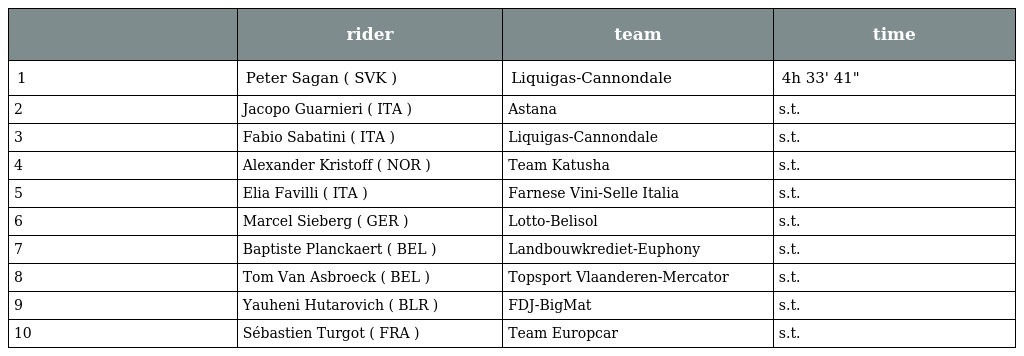
|  | rider | team | time |
 | --- | --- | --- | --- |
 | 1 | Peter Sagan ( SVK ) | Liquigas-Cannondale | 4h 33' 41" |
 | 2 | Jacopo Guarnieri ( ITA ) | Astana | s.t. |
 | 3 | Fabio Sabatini ( ITA ) | Liquigas-Cannondale | s.t. |
 | 4 | Alexander Kristoff ( NOR ) | Team Katusha | s.t. |
 | 5 | Elia Favilli ( ITA ) | Farnese Vini-Selle Italia | s.t. |
 | 6 | Marcel Sieberg ( GER ) | Lotto-Belisol | s.t. |
 | 7 | Baptiste Planckaert ( BEL ) | Landbouwkrediet-Euphony | s.t. |
 | 8 | Tom Van Asbroeck ( BEL ) | Topsport Vlaanderen-Mercator | s.t. |
 | 9 | Yauheni Hutarovich ( BLR ) | FDJ-BigMat | s.t. |
 | 10 | Sébastien Turgot ( FRA ) | Team Europcar | s.t. |